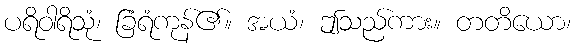
ပရိဝါရိသုံ၊ ခြံရံကုန်၏။ အယံ၊ ဤသည်ကား။ တတိယော၊